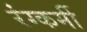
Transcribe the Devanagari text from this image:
रंग्कर्मी